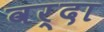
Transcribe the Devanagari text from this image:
वर्दा